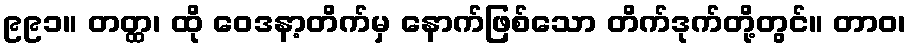
၉၉၁။ တတ္ထ၊ ထို ဝေဒနာ့တိက်မှ နောက်ဖြစ်သော တိက်ဒုက်တို့တွင်။ တာဝ၊